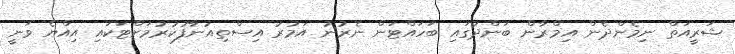
ޝަރީއަތް ނިމެންދެން އިމްރާން ބަންދުގައި ބަހައްޓަން ނެރުނު އަމުރު އިސްތިއުނާފުކުރުމަށްޓަކައި އިއްޔެ ވަނީ